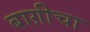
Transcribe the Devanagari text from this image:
बाग़ीचा